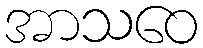
အာသဝေ